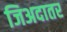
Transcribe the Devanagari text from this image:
जिअदातर